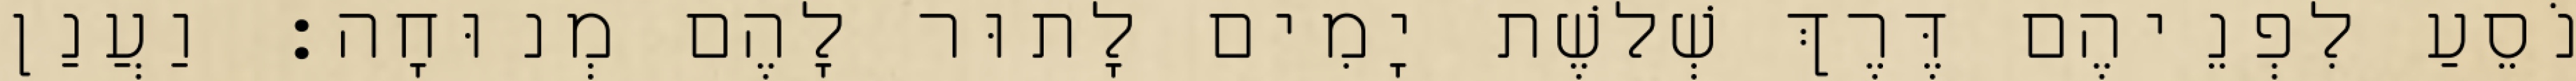
נֹסֵעַ לִפְנֵיהֶם דֶּרֶךְ שְׁלשֶׁת יָמִים לָתוּר לָהֶם מְנוּחָה׃ וַעֲנַן